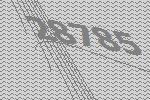
28785